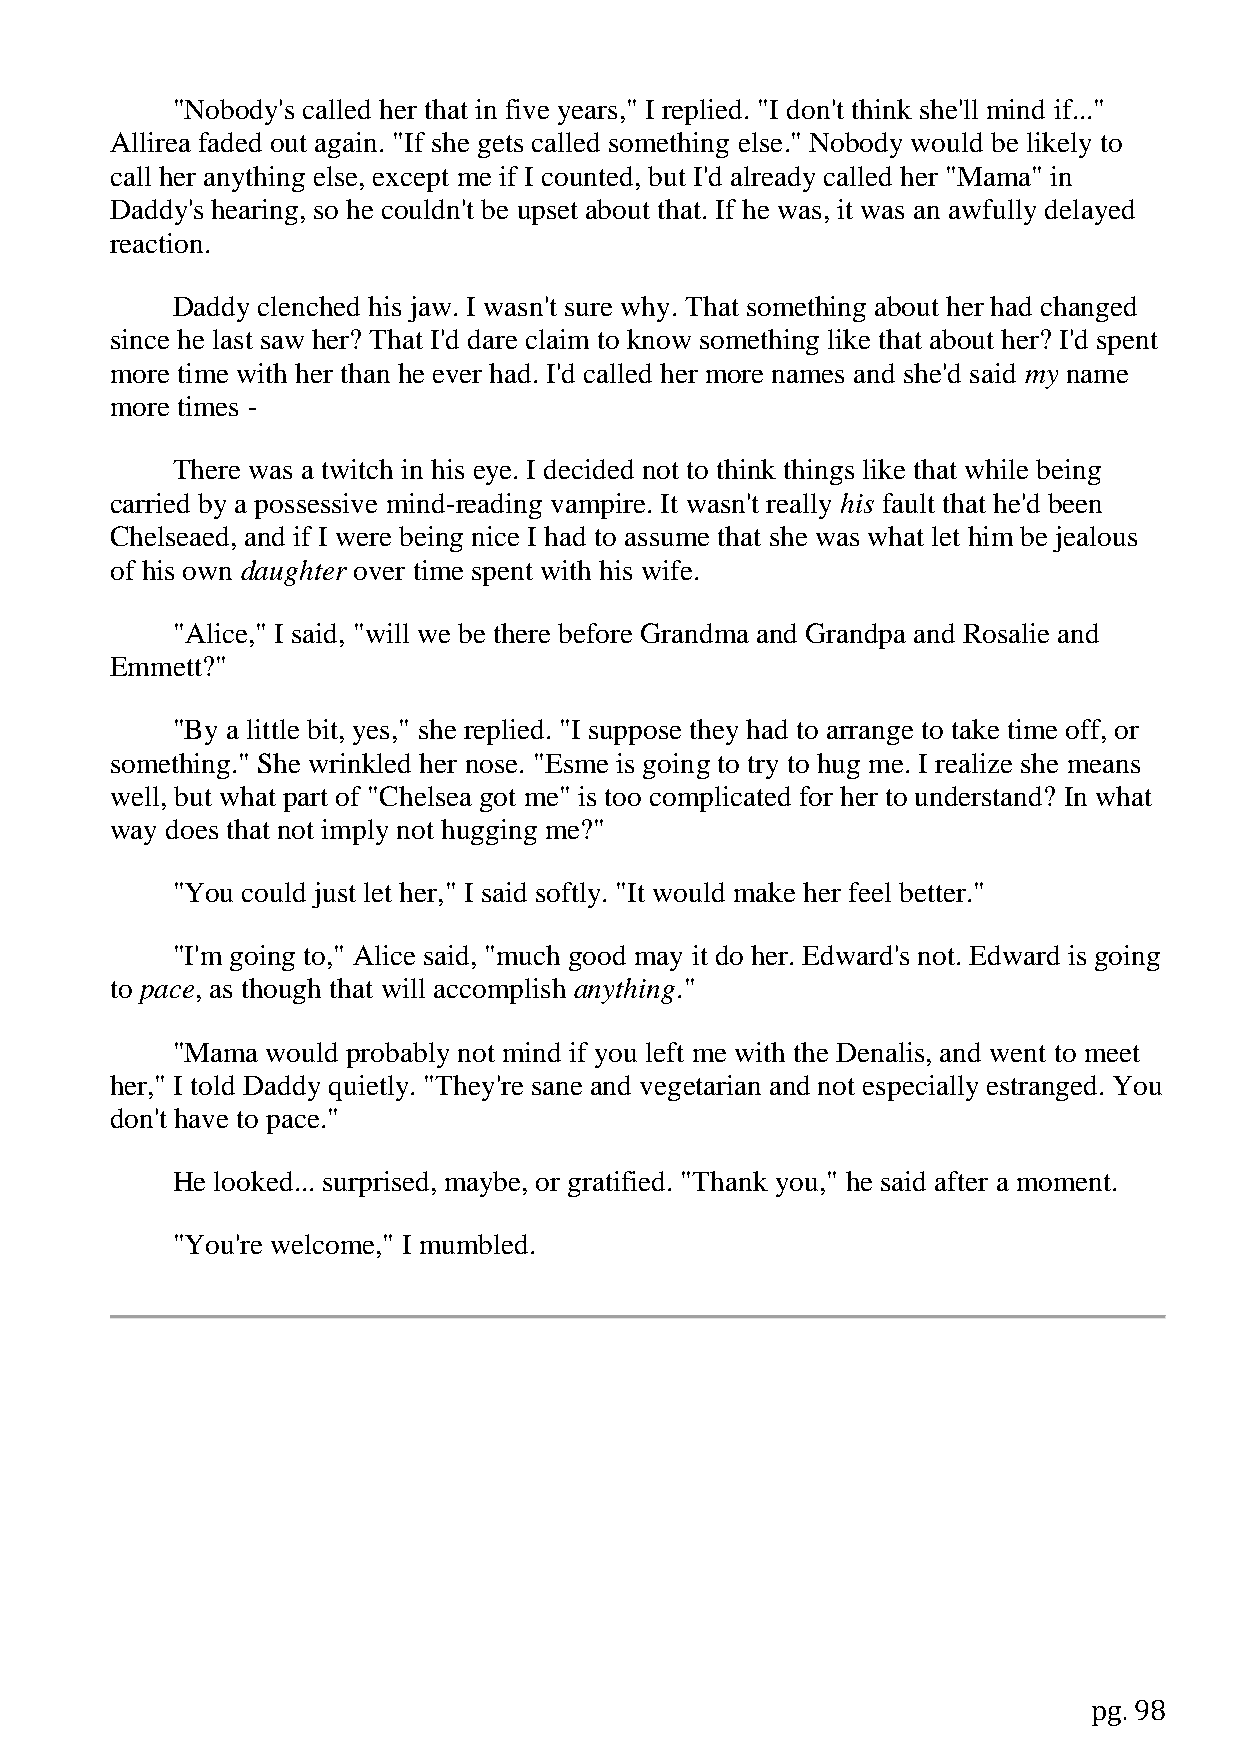
"Nobody's called her that in five years," I replied. "I don't think she'll mind if..."
 Allirea faded out again. "If she gets called something else." Nobody would be likely to
 call her anything else, except me if I counted, but I'd already called her "Mama" in
 Daddy's hearing, so he couldn't be upset about that. If he was, it was an awfully delayed
 reaction.
 Daddy clenched his jaw. I wasn't sure why. That something about her had changed
 since he last saw her? That I'd dare claim to know something like that about her? I'd spent
 more time with her than he ever had. I'd called her more names and she'd said my name
 more times -
 There was a twitch in his eye. I decided not to think things like that while being
 carried by a possessive mind-reading vampire. It wasn't really his fault that he'd been
 Chelseaed, and if I were being nice I had to assume that she was what let him be jealous
 of his own daughter over time spent with his wife.
 "Alice," I said, "will we be there before Grandma and Grandpa and Rosalie and
 Emmett?"
 "By a little bit, yes," she replied. "I suppose they had to arrange to take time off, or
 something." She wrinkled her nose. "Esme is going to try to hug me. I realize she means
 well, but what part of "Chelsea got me" is too complicated for her to understand? In what
 way does that not imply not hugging me?"
 "You could just let her," I said softly. "It would make her feel better."
 "I'm going to," Alice said, "much good may it do her. Edward's not. Edward is going
 to pace, as though that will accomplish anything."
 "Mama  would probably not mind if you left me with the Denalis, and went to meet
 her," I told Daddy quietly. "They're sane and vegetarian and not especially estranged. You
 don't have to pace."
 He looked... surprised, maybe, or gratified. "Thank you," he said after a moment.
 "You're welcome," I mumbled.
 pg. 98